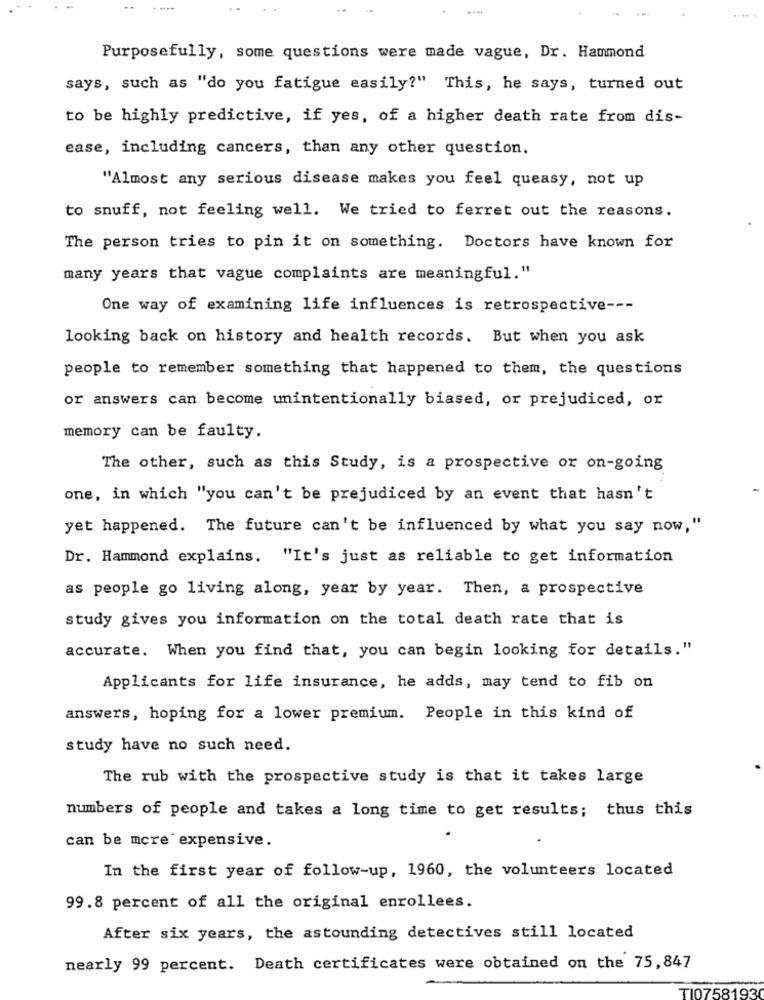
Purposefully, some questions were made vague, Dr. Hammond
says, such as "do you fatigue easily?" This, he says, turned out
to be highly predictive, if yes, of a higher death rate from dis-
ease, including cancers, than any other question.
"Almost any serious disease makes you feel queasy, not up
to snuff, not feeling well. We tried to ferret out the reasons.
The person tries to pin it on something. Doctors have known for
many years that vague complaints are meaningful."
One way of examining life influences is retrospective ---
looking back on history and health records. But when you ask
people to remember something that happened to them, the questions
or answers can become unintentionally biased, or prejudiced, or
memory can be faulty.
The other, such as this Study, is a prospective or on-going
one, in which "you can't be prejudiced by an event that hasn't
yet happened. The future can't be influenced by what you say now,"
Dr. Hammond explains. "It's just as reliable to get information
as people go living along, year by year. Then, a prospective
study gives you information on the total death rate that is
accurate. When you find that, you can begin looking for details."
Applicants for life insurance, he adds, may tend to fib on
answers, hoping for a lower premium. People in this kind of
study have no such need.
The rub with the prospective study is that it takes large
numbers of people and takes a long time to get results; thus this
can be more expensive.
In the first year of follow-up, 1960, the volunteers located
99.8 percent of all the original enrollees.
After six years, the astounding detectives still located
nearly 99 percent. Death certificates were obtained on the 75,847
TI0758193